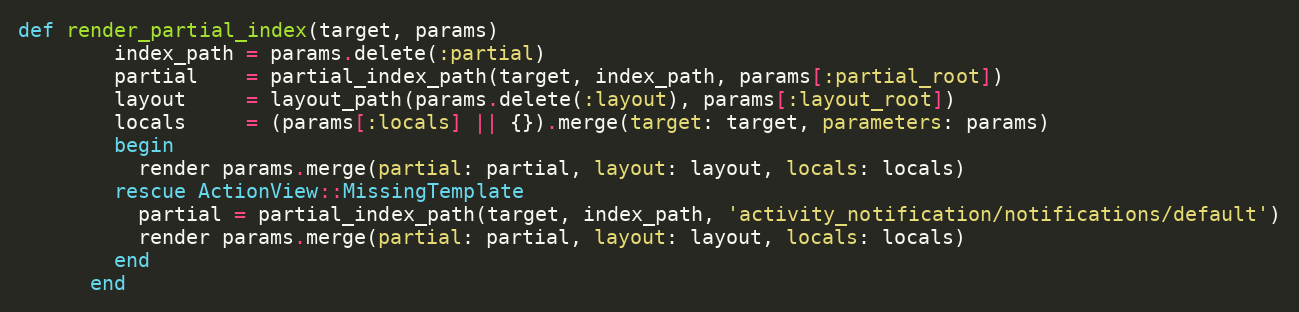
Language: Ruby
def render_partial_index(target, params)
        index_path = params.delete(:partial)
        partial    = partial_index_path(target, index_path, params[:partial_root])
        layout     = layout_path(params.delete(:layout), params[:layout_root])
        locals     = (params[:locals] || {}).merge(target: target, parameters: params)
        begin
          render params.merge(partial: partial, layout: layout, locals: locals)
        rescue ActionView::MissingTemplate
          partial = partial_index_path(target, index_path, 'activity_notification/notifications/default')
          render params.merge(partial: partial, layout: layout, locals: locals)
        end
      end